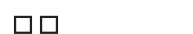
٣٢